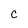
Character: c